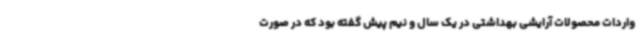
واردات محصولات آرایشی بهداشتی در یک سال و نیم پیش گفته بود که در صورت